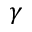
\gamma